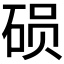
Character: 𬒍